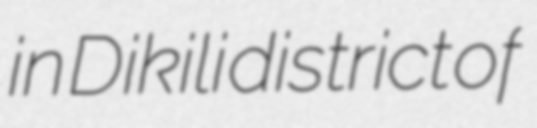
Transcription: in Dikili district of